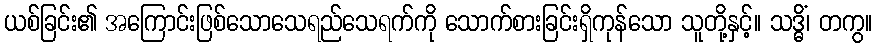
ယစ်ခြင်း၏ အကြောင်းဖြစ်သောသေရည်သေရက်ကို သောက်စားခြင်းရှိကုန်သော သူတို့နှင့်။ သဒ္ဓိံ၊ တကွ။